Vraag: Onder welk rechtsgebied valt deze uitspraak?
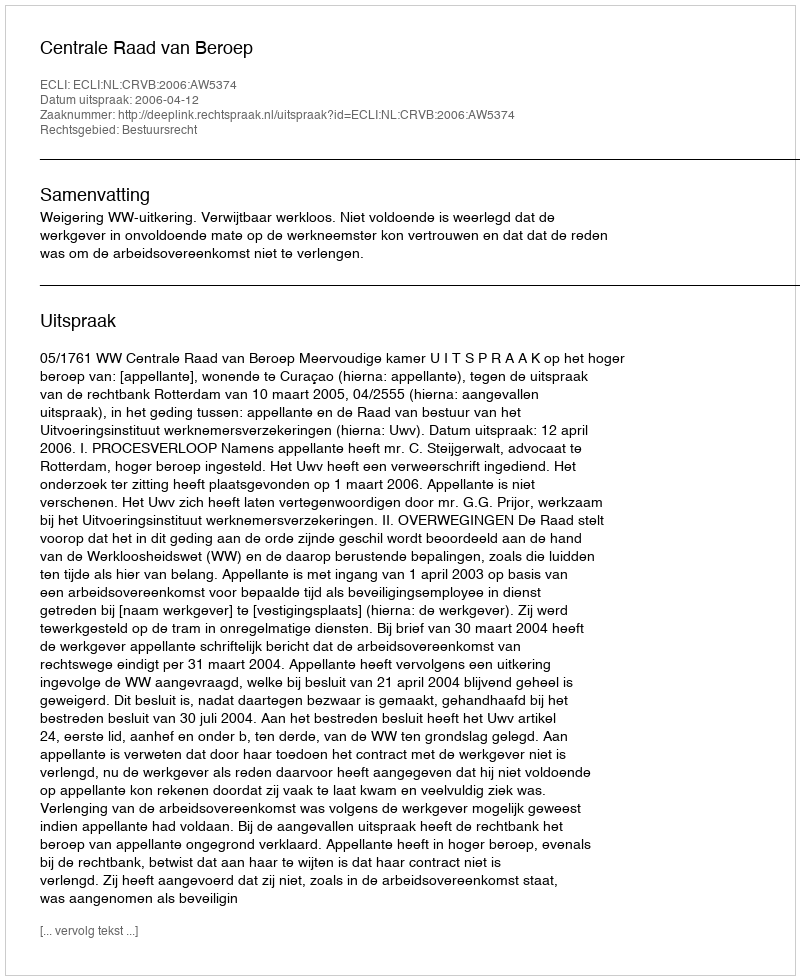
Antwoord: Bestuursrecht